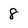
Character: 8